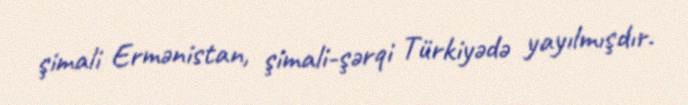
şimali Ermənistan, şimali-şərqi Türkiyədə yayılmışdır.